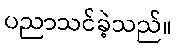
ပညာသင်ခဲ့သည်။